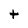
Character: t